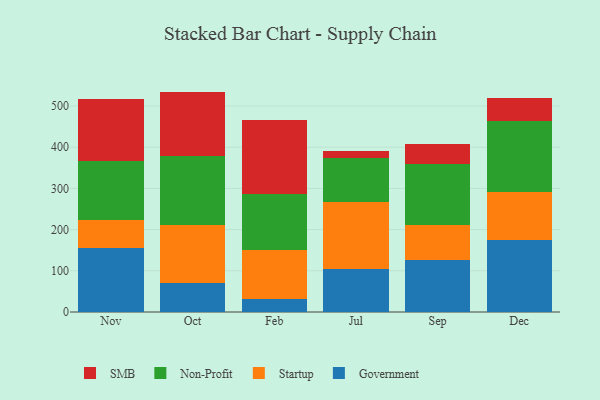
{"axis": {"x": "Month", "y": "Operating Costs (USD K)"}, "legend": ["Government", "Non-Profit", "SMB", "Startup"], "data": [{"x": "Nov", "y": 154.4, "type": "Government"}, {"x": "Nov", "y": 68.2, "type": "Startup"}, {"x": "Nov", "y": 144.6, "type": "Non-Profit"}, {"x": "Nov", "y": 150.5, "type": "SMB"}, {"x": "Oct", "y": 71.3, "type": "Government"}, {"x": "Oct", "y": 139.5, "type": "Startup"}, {"x": "Oct", "y": 167.9, "type": "Non-Profit"}, {"x": "Oct", "y": 156.4, "type": "SMB"}, {"x": "Feb", "y": 31.9, "type": "Government"}, {"x": "Feb", "y": 117.6, "type": "Startup"}, {"x": "Feb", "y": 136.3, "type": "Non-Profit"}, {"x": "Feb", "y": 179.9, "type": "SMB"}, {"x": "Jul", "y": 103.3, "type": "Government"}, {"x": "Jul", "y": 163.5, "type": "Startup"}, {"x": "Jul", "y": 107.1, "type": "Non-Profit"}, {"x": "Jul", "y": 16.4, "type": "SMB"}, {"x": "Sep", "y": 126.5, "type": "Government"}, {"x": "Sep", "y": 83.7, "type": "Startup"}, {"x": "Sep", "y": 148.2, "type": "Non-Profit"}, {"x": "Sep", "y": 48.5, "type": "SMB"}, {"x": "Dec", "y": 174.5, "type": "Government"}, {"x": "Dec", "y": 117.1, "type": "Startup"}, {"x": "Dec", "y": 172.2, "type": "Non-Profit"}, {"x": "Dec", "y": 55.1, "type": "SMB"}]}